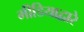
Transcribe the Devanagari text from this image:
मीडियाद्वारे